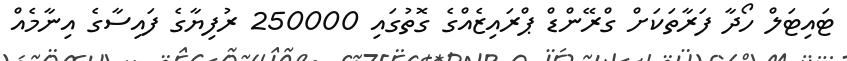
ޓައިޓަލް ހޯދާ ފަރާތަކަށް ގްރޭންޑް ޕްރައިޒެއްގެ ގޮތުގައި 250000 ރުފިޔާގެ ފައިސާގެ އިނާމެއް